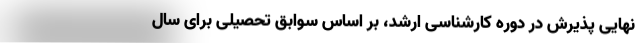
نهایی پذیرش در دوره کارشناسی ارشد، بر اساس سوابق تحصیلی برای سال